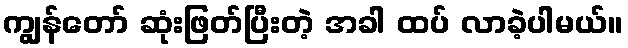
ကျွန်တော် ဆုံးဖြတ်ပြီးတဲ့ အခါ ထပ် လာခဲ့ပါမယ်။